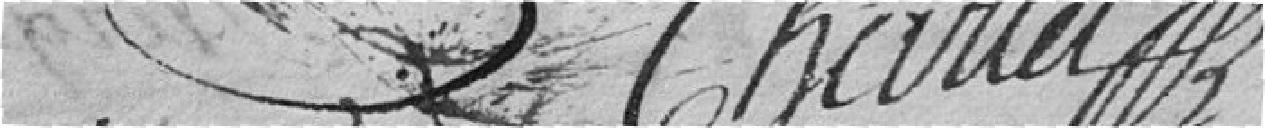
Charlet